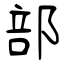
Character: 部